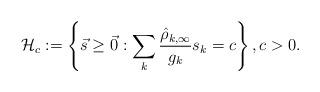
LaTeX: \begin{align*} \mathcal{H}_c := \left\{\vec{s} \geq \vec{0} : \sum_k \frac{\hat{\rho}_{k,\infty}}{g_k} s_k = c \right\},c>0.\end{align*}